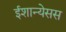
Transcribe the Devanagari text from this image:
ईशान्येसस